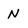
Character: N